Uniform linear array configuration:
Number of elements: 32
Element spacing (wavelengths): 0.5
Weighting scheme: blackman
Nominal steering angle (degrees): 45
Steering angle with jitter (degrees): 43.305
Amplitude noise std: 0.05
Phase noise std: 0.05

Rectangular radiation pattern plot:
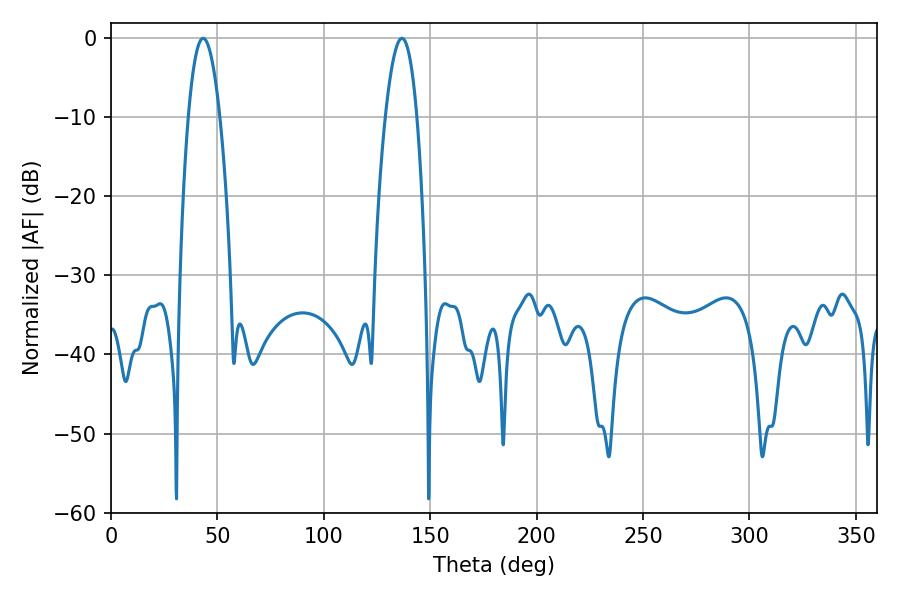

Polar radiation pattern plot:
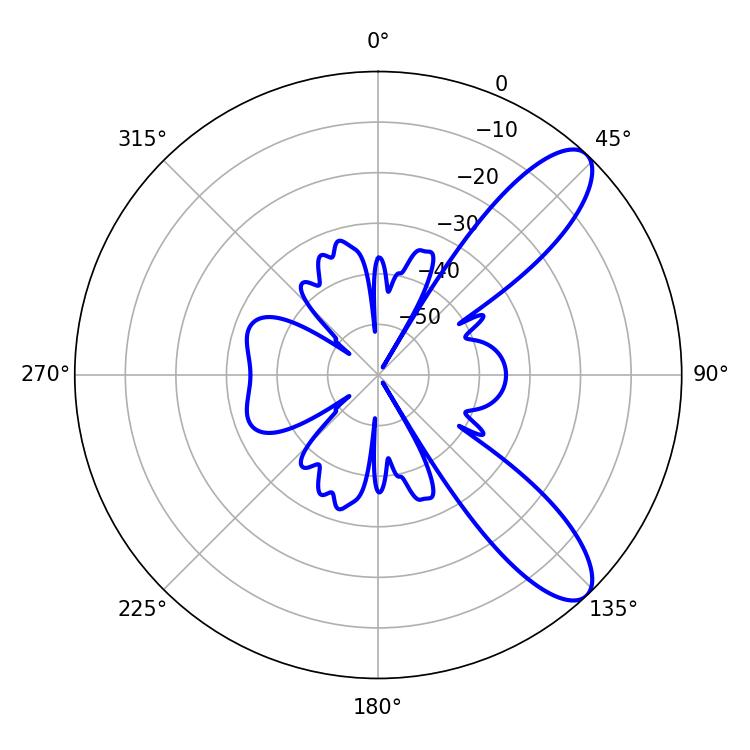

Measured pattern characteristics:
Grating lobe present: FALSE
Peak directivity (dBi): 9.777
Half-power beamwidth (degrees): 8.1
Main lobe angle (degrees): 43.38